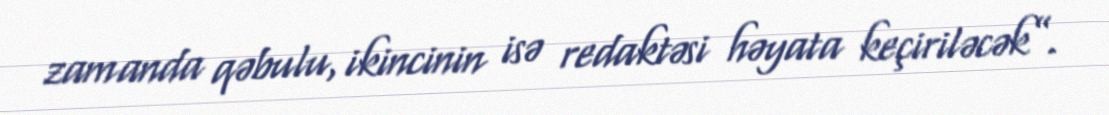
zamanda qəbulu, ikincinin isə redaktəsi həyata keçiriləcək”.